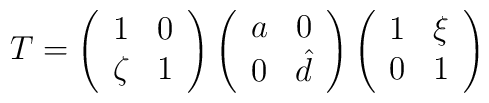
T = \left( \begin{array}{cc}           1 & 0 \\           \zeta & 1           \end{array} \right)    \left( \begin{array}{cc}           a & 0 \\           0 & \hat{d}           \end{array} \right)    \left( \begin{array}{cc}           1 & \xi \\           0 & 1           \end{array} \right)